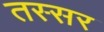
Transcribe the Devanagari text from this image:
तस्सर